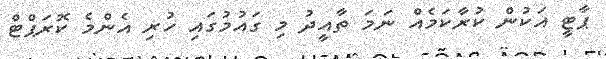
ޕާޓީ އަކުން ކުރާކަމެއް ނަމަ ތާއީދު މި ގައުމުގައި ހުރި އެންމެ ކޮރަޕްޓް